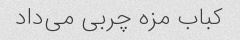
کباب مزه چربی می‌داد